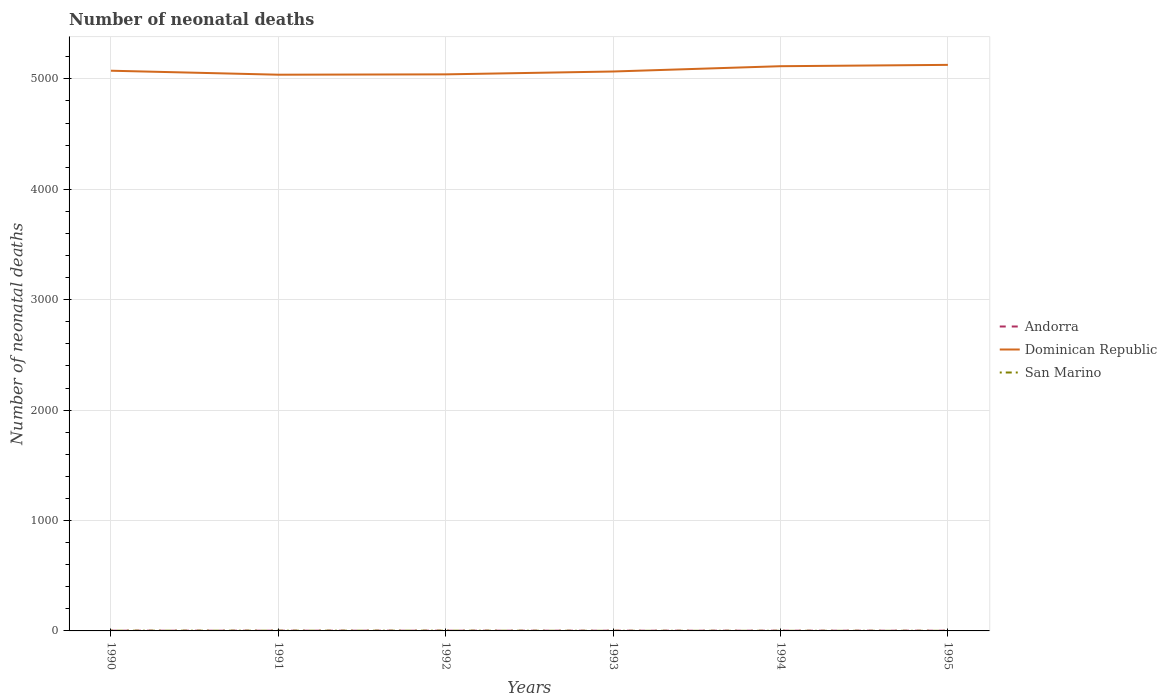
| Years | Andorra | Dominican Republic | San Marino |
 | --- | --- | --- | --- |
 | 1990 | 2 | 5.07e+03 | 2 |
 | 1991 | 2 | 5.04e+03 | 2 |
 | 1992 | 2 | 5.04e+03 | 2 |
 | 1993 | 2 | 5.07e+03 | 1 |
 | 1994 | 2 | 5.12e+03 | 1 |
 | 1995 | 2 | 5.13e+03 | 1 |